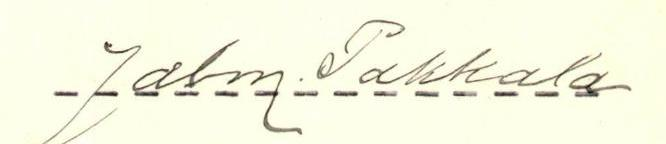
Jalm. Pakkala